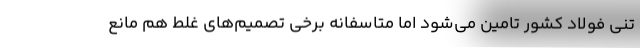
تنی فولاد کشور تامین می‌شود اما متاسفانه برخی تصمیم‌های غلط هم مانع